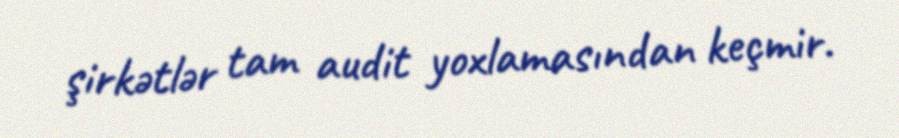
şirkətlər tam audit yoxlamasından keçmir.